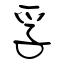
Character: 孚